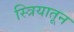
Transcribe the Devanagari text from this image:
स्त्रियातून